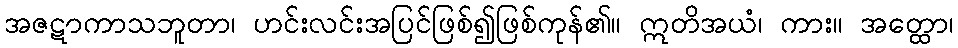
အဇဋာကာသဘူတာ၊ ဟင်းလင်းအပြင်ဖြစ်၍ဖြစ်ကုန်၏။ ဣတိအယံ၊ ကား။ အတ္ထော၊